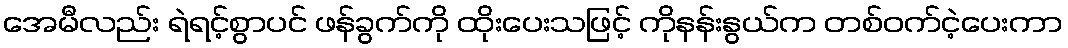
အေမီလည်း ရဲရင့်စွာပင် ဖန်ခွက်ကို ထိုးပေးသဖြင့် ကိုနန်းနွယ်က တစ်ဝက်ငဲ့ပေးကာ